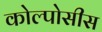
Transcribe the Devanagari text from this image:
कोल्पोसीस